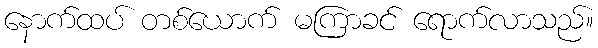
နောက်ထပ် တစ်ယောက် မကြာခင် ရောက်လာသည်။